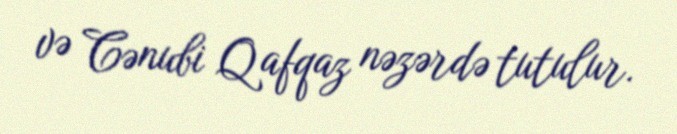
və Cənubi Qafqaz nəzərdə tutulur.